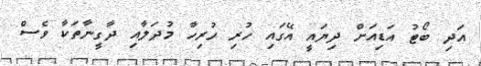
އަދި ބޯޓު އަޑިއަށް ދިޔައީ އޭގައި ހުރި ހުރިހާ މުދަލާއި ދާގީނާތަކާ ވެސް